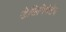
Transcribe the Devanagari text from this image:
डेसिमिनेटेद